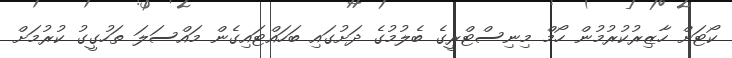
ކޯޓަށް ހާޒިރުކުރުމުން ހޯމް މިނިސްޓްރީގެ ބެލުމުގެ ދަށުގައި ބަހައްޓައިގެން މައްސަލަ ތަހުގީގު ކުރުމަށް